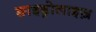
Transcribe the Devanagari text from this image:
ङाइड्रोलाइज़